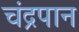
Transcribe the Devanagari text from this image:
चंद्रपान